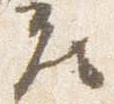
座